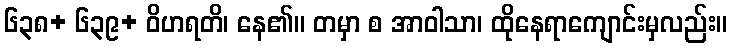
၆၃၈+ ၆၃၉+ ဝိဟရတိ၊ နေ၏။ တမှာ စ အာဝါသာ၊ ထိုနေရာကျောင်းမှလည်း။